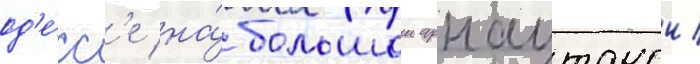
од'е́сс'е на́ большои арнаутскои